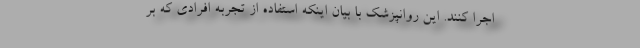
اجرا کنند. این روانپزشک با بیان اینکه استفاده از تجربه افرادی که بر